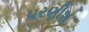
પરણીશ